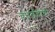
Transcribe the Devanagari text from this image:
वृत्तछंदांची